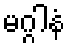
မဂ္ဂါနံ